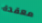
معقدة